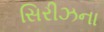
સિરીઝના